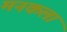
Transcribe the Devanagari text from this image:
मनकला